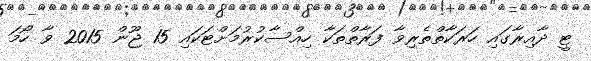
ޓީ ދާއިރާގައި ހަރަކާތްތެރިވާ ފަރާތްތަކާ ހިއްސާކުރުމަށްޓަކައި 15 ޖޫން 2015 ވާ ހޯމަ